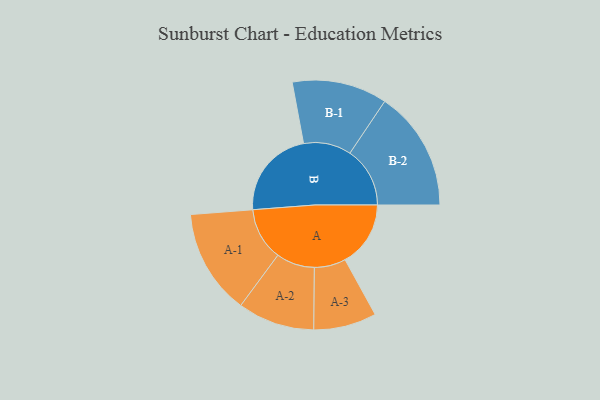
{"axis": {"x": "Segment", "y": "Value"}, "legend": ["", "A", "B"], "data": [{"x": "A", "y": 300, "type": ""}, {"x": "B", "y": 411, "type": ""}, {"x": "A-1", "y": 241, "type": "A"}, {"x": "A-2", "y": 176, "type": "A"}, {"x": "A-3", "y": 144, "type": "A"}, {"x": "B-1", "y": 218, "type": "B"}, {"x": "B-2", "y": 275, "type": "B"}]}